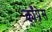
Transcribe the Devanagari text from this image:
काँप्रेस